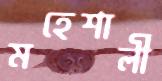
মহেশালী